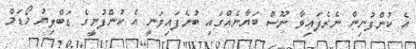
އެ ކުންފުނިން ނެރެފައިވާ ނޫސް ބަޔާނެއްގައި ބުނެފައިވަނީ އެ ކުންފުނީގެ ޑަބްލިޔު މޯޑަމް